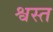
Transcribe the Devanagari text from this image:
श्वस्त